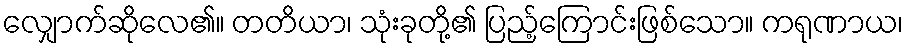
လျှောက်ဆိုလေ၏။ တတိယာ၊ သုံးခုတို့၏ ပြည့်ကြောင်းဖြစ်သော။ ကရုဏာယ၊